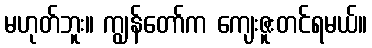
မဟုတ်ဘူး။ ကျွန်တော်က ကျေးဇူးတင်ရမယ်။